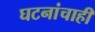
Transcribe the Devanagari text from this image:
घटनांचाही